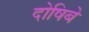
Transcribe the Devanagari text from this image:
दोषिबे